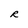
Character: R